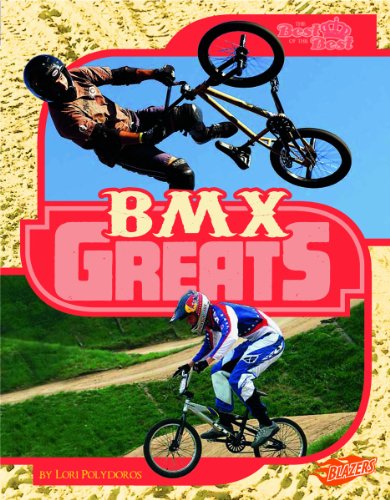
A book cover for BMX Greats (The Best of the Best); Lori Polydoros; Children's Books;